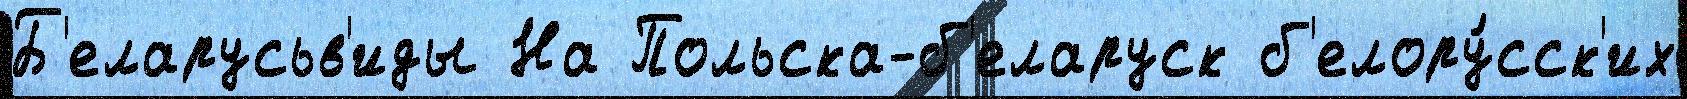
Б'еларусьв'иды На Польска-б'еларуск б'елору́сск'их